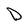
Character: D